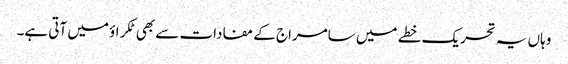
وہاں یہ تحریک خطے میں سامراج کے مفادات سے بھی ٹکراؤ میں آتی ہے۔